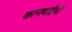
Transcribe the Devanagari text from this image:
कानबाईची